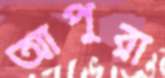
আপুরা